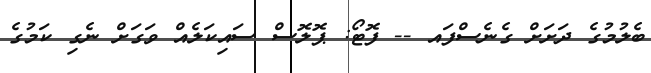
ބެލުމުގެ ދަށަށް ގެނެސްފައ -- ފޮޓޯ: ޕޮލޮސް ސައިކަލެއް ވަގަށް ނެގި ކަމުގެ